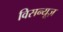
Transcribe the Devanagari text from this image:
विसन्यूज़